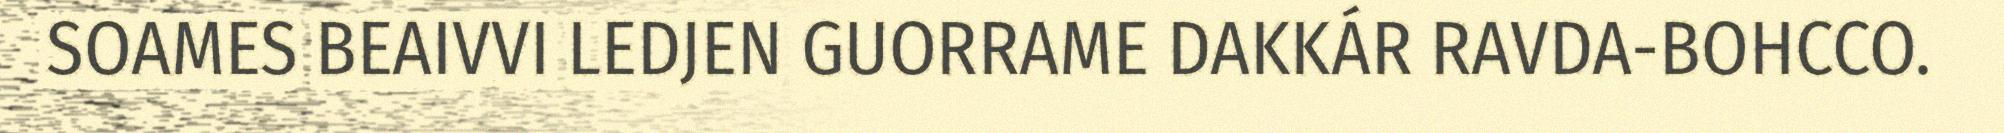
SOAMES BEAIVVI LEDJEN GUORRAME DAKKÁR RAVDA-BOHCCO.